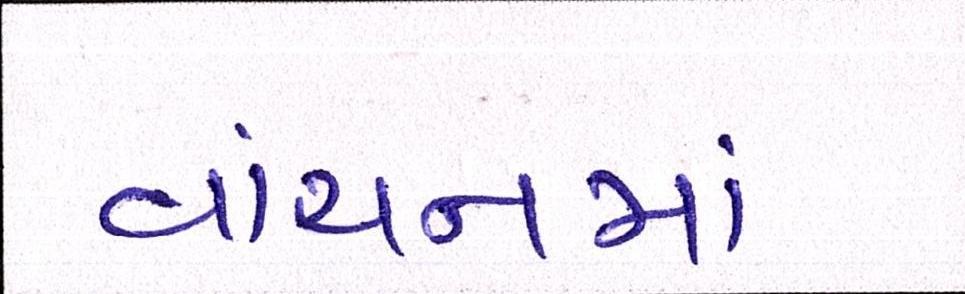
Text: વાંચનમાં